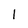
Character: 1